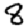
Digit: 8